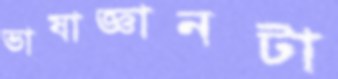
ভাষাজ্ঞানটা